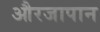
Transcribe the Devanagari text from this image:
औरजापान